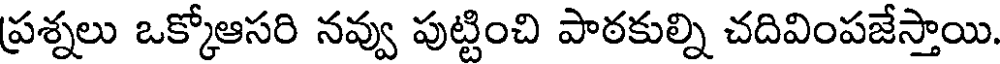
ప్రశ్నలు ఒక్కోఆసరి నవ్వు పుట్టించి పాఠకుల్ని చదివింపజేస్తాయి.